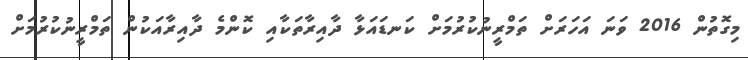
މިގޮތުން 2016 ވަނަ އަހަރަށް ތަމްރީނުކުރުމަށް ކަނޑައަޅާ ދާއިރާތަކާއި ކޮންމެ ދާއިރާއަކުން ތަމްރީނުކުރުމަށް